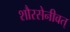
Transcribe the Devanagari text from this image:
शौरसेनीवत्